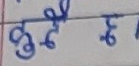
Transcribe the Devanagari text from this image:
गुर्देछु